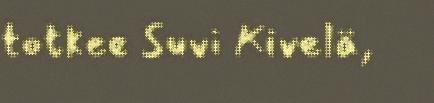
totkee Suvi Kivelä,